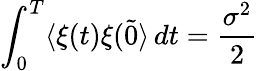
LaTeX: \int_{0}^{T}\langle\xi(t)\xi(\tilde{0}\rangle\, dt={\frac{\sigma^{2}}{2}}